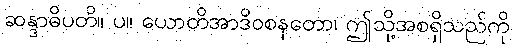
ဆန္ဒာဓိပတိ။ ပ။ ယောတိအာဒိဝစနတော၊ ဤသို့အစရှိသည်ကို